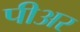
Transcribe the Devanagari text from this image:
पीअर